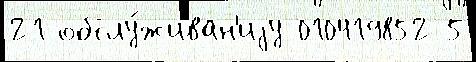
21 обслу́живан'иjу 010419852 5